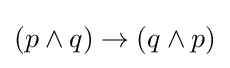
(p\wedge q)\rightarrow (q\wedge p)